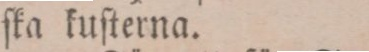
ſka kuſterna.